Indian journal of veterinary science and animal husbandry - Volumes 15-17, 1948-1951
Year: 1948
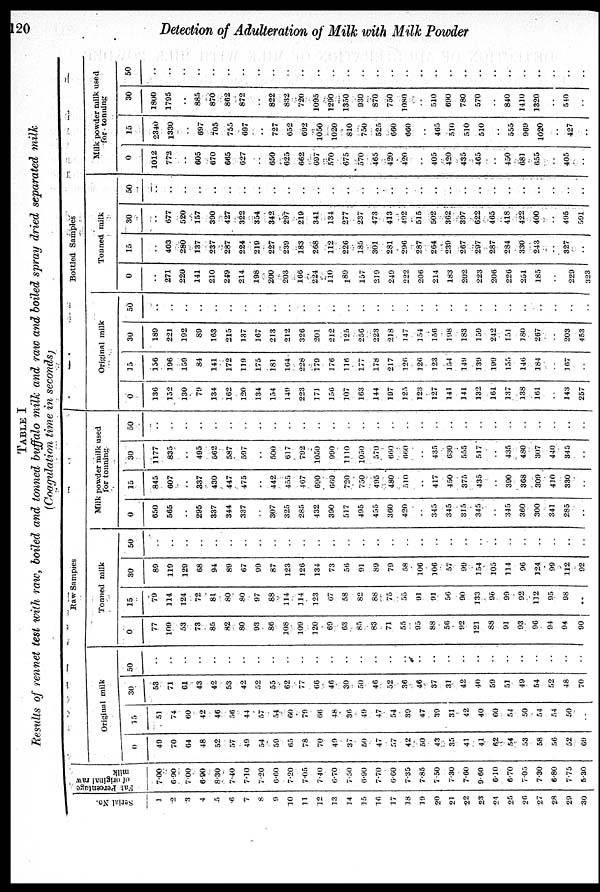
120
Detection of Adulteration of Milk with Milk Powder
TABLE I
Results of rennet test with raw, boiled and tonned buffalo milk and raw and boiled spray dried separated milk
(Coagulation time in seconds)
Serial No.
1
2
3
4
5
6
7
8
9
10
11
12
13
14
15
16
17
18
19
20
21
22
23
24
25
26
27
28
29
30
Fat Percentage
of original raw
milk 7 00
6.90
7.00
6.90
8.30
7.40
7.10
7.20
6.60
7.20
7.05
7.40
6.70
7.50
6.90
7.70
6.60
7.35
7.85
7.50
7.30
7.60
9.60
6.10
6.70
7.05
7.30
6.80
7.75
5.30
Raw Samples
Original milk
0
49
70
64
48
52
57
49
54
59
65
78
70
49
37
50
47
57
42
50
43
35
41
41
62
54
53
58
56
52
69
15
51
74
60
42
46
56
44
57
54
60
79
66
48
36
49
47
54
39
47
39
31
42
40
60
54
50
54
54
50
. .
30
53
71
61
43
42
53
42
52
55
62
77
66
46
30
50
46
52
36
46
37
31
42
40
59
51
49
54
52
48
70
50
. .
. .
. .
. .
. .
. .
. .
. .
. .
. .
. .
. .
. .
. .
. .
. .
. .
. .
. .
. .
. .
. .
. .
. .
. .
. .
. .
. .
. .
. .
Tonned Milk
0
77
109
53
73
85
82
80
93
86
108
109
120
69
63
85
83
71
55
95
88
56
92
121
88
91
93
96
94
94
90
15
79
114
124
72
81
80
80
97
88
114
114
123
67
58
82
88
75
55
91
91
56
90
133
95
99
92
112
95
98
. .
30
89
119
129
68
94
89
67
99
87
123
126
134
73
56
91
89
79
58
106
106
57
99
154
105
114
96
124
99
112
92
50
. .
. .
. .
. .
. .
. .
. .
. .
. .
. .
. .
. .
. .
. .
. .
. .
. .
. .
. .
. .
. .
. .
. .
. .
. .
. .
. .
. .
. .
. .
Milk powder milk used
for tonning
0
650
565
. .
295
337
344
337
. .
307
325
285
432
390
517
495
455
360
420
. .
345
345
315
345
. .
345
360
300
341
285
. .
15
845
607
. .
337
430
447
475
. .
442
455
467
690
660
720
750
495
480
510
. .
417
450
375
435
. .
390
368
309
410
330
. .
30
1177
835
. .
495
562
587
597
. .
500
617
792
1050
990
1110
1050
570
660
660
. .
435
630
555
517
. .
435
480
307
440
345
. .
50
. .
. .
. .
. .
. .
. .
. .
. .
. .
. .
. .
. .
. .
. .
. .
. .
. .
. .
. .
. .
. .
. .
. .
. .
. .
. .
. .
. .
. .
. .
Bottled Samples
Original milk
0
136
152
130
79
134
162
120
134
154
149
223
171
156
107
163
144
197
125
123
127
141
141
132
161
137
138
161
. .
143
257
15
156
196
159
84
141
172
119
175
181
164
228
179
176
116
177
178
217
126
126
123
154
149
139
199
155
146
184
. .
167
. .
30
189
221
192
89
163
215
137
167
213
212
326
201
212
125
256
223
218
147
154
156
198
183
159
242
151
180
267
. .
203
453
50
. .
. .
. .
. .
. .
. .
. .
. .
. .
. .
. .
. .
. .
. .
. .
. .
. .
. .
. .
. .
. .
. .
. .
. .
. .
. .
. .
. .
. .
. .
Tonned milk
0
. .
271
220
141
210
249
214
198
200
203
166
224
110
189
157
219
249
222
206
214
183
202
223
206
226
251
185
. .
229
323
15
. .
403
280
137
237
287
224
219
227
239
183
268
112
226
185
301
281
296
287
264
239
267
297
287
284
330
243
. .
327
. .
30
. .
677
520
157
390
427
322
354
342
297
219
341
134
277
237
473
413
492
515
502
362
397
622
465
418
422
400
. .
495
591
50
. .
. .
. .
. .
. .
. .
. .
. .
. .
. .
. .
. .
. .
. .
. .
. .
. .
. .
. .
. .
. .
. .
. .
. .
. .
. .
. .
. .
. .
. .
Milk powder milk used
for tonning
0
1012
772
. .
605
670
665
627
. .
650
625
662
697
570
675
570
465
420
420
. .
405
420
435
465
. .
450
681
655
. .
405
. .
15
2340
1330
. .
697
705
755
697
. .
727
652
692
1050
1020
810
750
525
660
660
. .
465
510
510
510
. .
555
969
1020
. .
427
. .
30
1800
1795
. .
885
870
862
872
. .
822
832
720
1095
1290
1350
930
870
750
1080
. .
510
690
780
570
. .
840
1410
1320
. .
540
. .
50
. .
. .
. .
. .
. .
. .
. .
. .
. .
. .
. .
. .
. .
. .
. .
. .
. .
. .
. .
. .
. .
. .
. .
. .
. .
. .
. .
. .
. .
. .